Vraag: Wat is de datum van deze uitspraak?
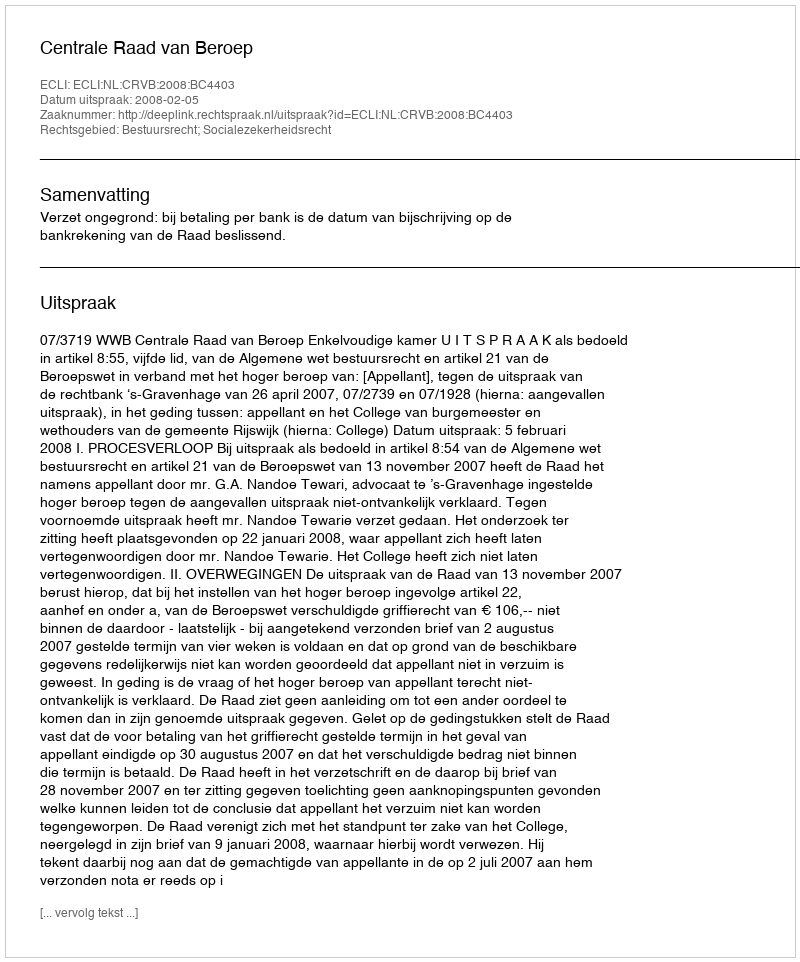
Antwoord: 2008-02-05